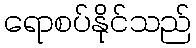
ရောစပ်နိုင်သည်